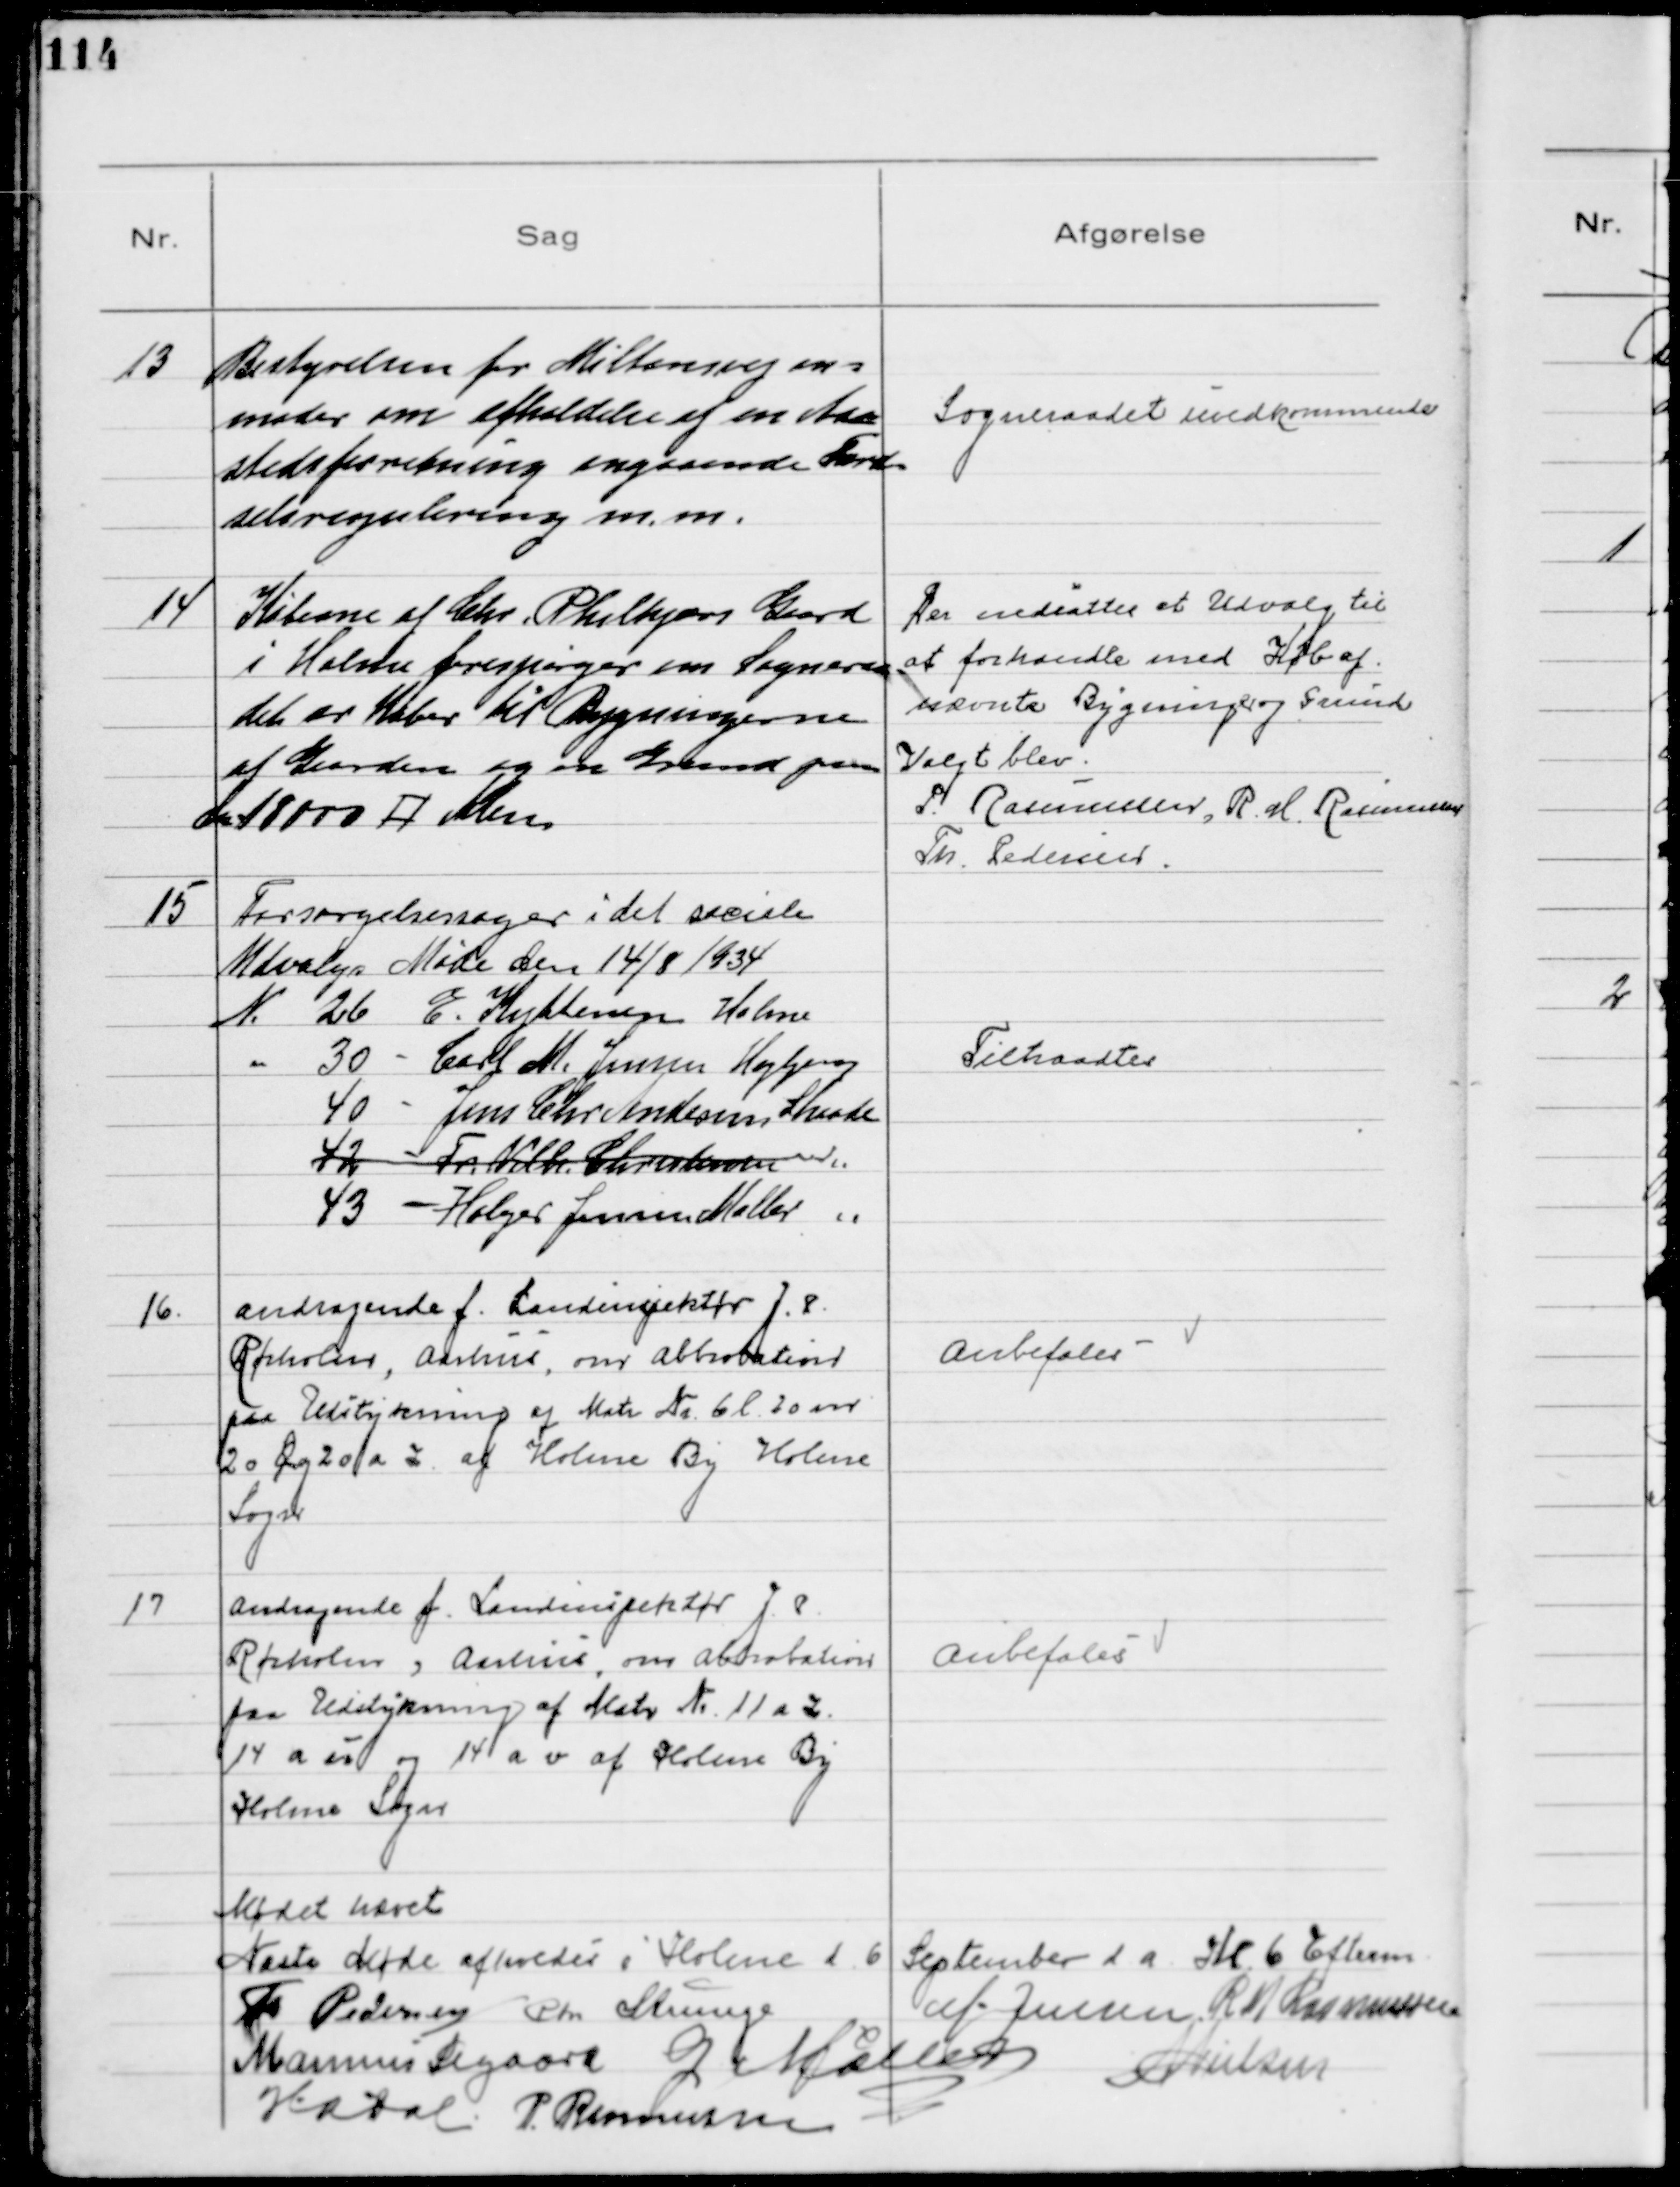
Transskription:
13
Bestyrelsen for Miltonsvej an=
moder om afholdelse af en Aa=
stedsforretning angaaende Færd=
selsregulering m.m.

Sogneraadet uvedkommende

14
Køberne af Chr. Philkjærs Gaard
i Holme forespørger om Sogneraa
det er Køber til Bygningerne
af Gaarden og en Grund paa
ca 18000 □ Alen

Der nedsattes et Udvalg til
at forhandle med Køb af
nævnte Bygninger og Grund
Valgt blev.
P. Rasmussen, R. M. Rasmussen
Th. Pedersen.

15
Forsørgelsessager i det sociale
Udvalgs Møde den 14/8 1934
№ 26 E. Kyttenen, Holme
 30 - Carl M. Jensen, Højbjerg
40 - Jens Chr Andersen, Skaade
42 - Fr Vilh Christensen
43 - Holger Jensen Møller

Tiltraadtes

16.
Andragende f. Landinspektør J. P.
Rørholm, Aarhus. om Abbrobation
paa Udstykning af Matr № 6 l 20 m
20 Øg 20 a z af Holme By Holme
Sogn

Anbefales

17
Andragende f. Landinspektør J. P. 
Rørholm, Aarhus, om Abbrobation
paa Udstykning af Matr № 11 a z.
14 a u og 14 a v af Holme By
Holme Sogn

Anbefales

Mødet hævet
Næste Møde afholdes i Holme d 6 September d A Kl 6 Efterm.
Th Pedersen Chr Strunge
M. Jensen R M Rasmussen
Marinus Sigaard G. Møller M Nielsen
H.A. Dal P. Rasmussen